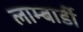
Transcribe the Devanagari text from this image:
लाम्बार्डी